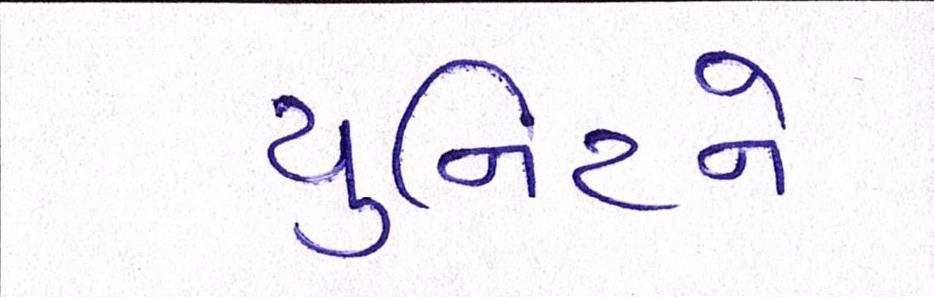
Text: યુનિટને